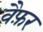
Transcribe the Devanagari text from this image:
वैफ़र